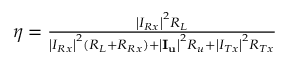
\begin{array} { r } { \eta = \frac { { { { \left| { { I _ { R x } } } \right| } ^ { 2 } } { R _ { L } } } } { { { { \left| { { I _ { R x } } } \right| } ^ { 2 } } ( { R _ { L } } + { R _ { R x } } ) + { { \left| { { { \mathbf { I } } _ { \mathbf { u } } } } \right| } ^ { 2 } } { R _ { u } } + { { \left| { { I _ { T x } } } \right| } ^ { 2 } } { R _ { T x } } } } } \end{array}